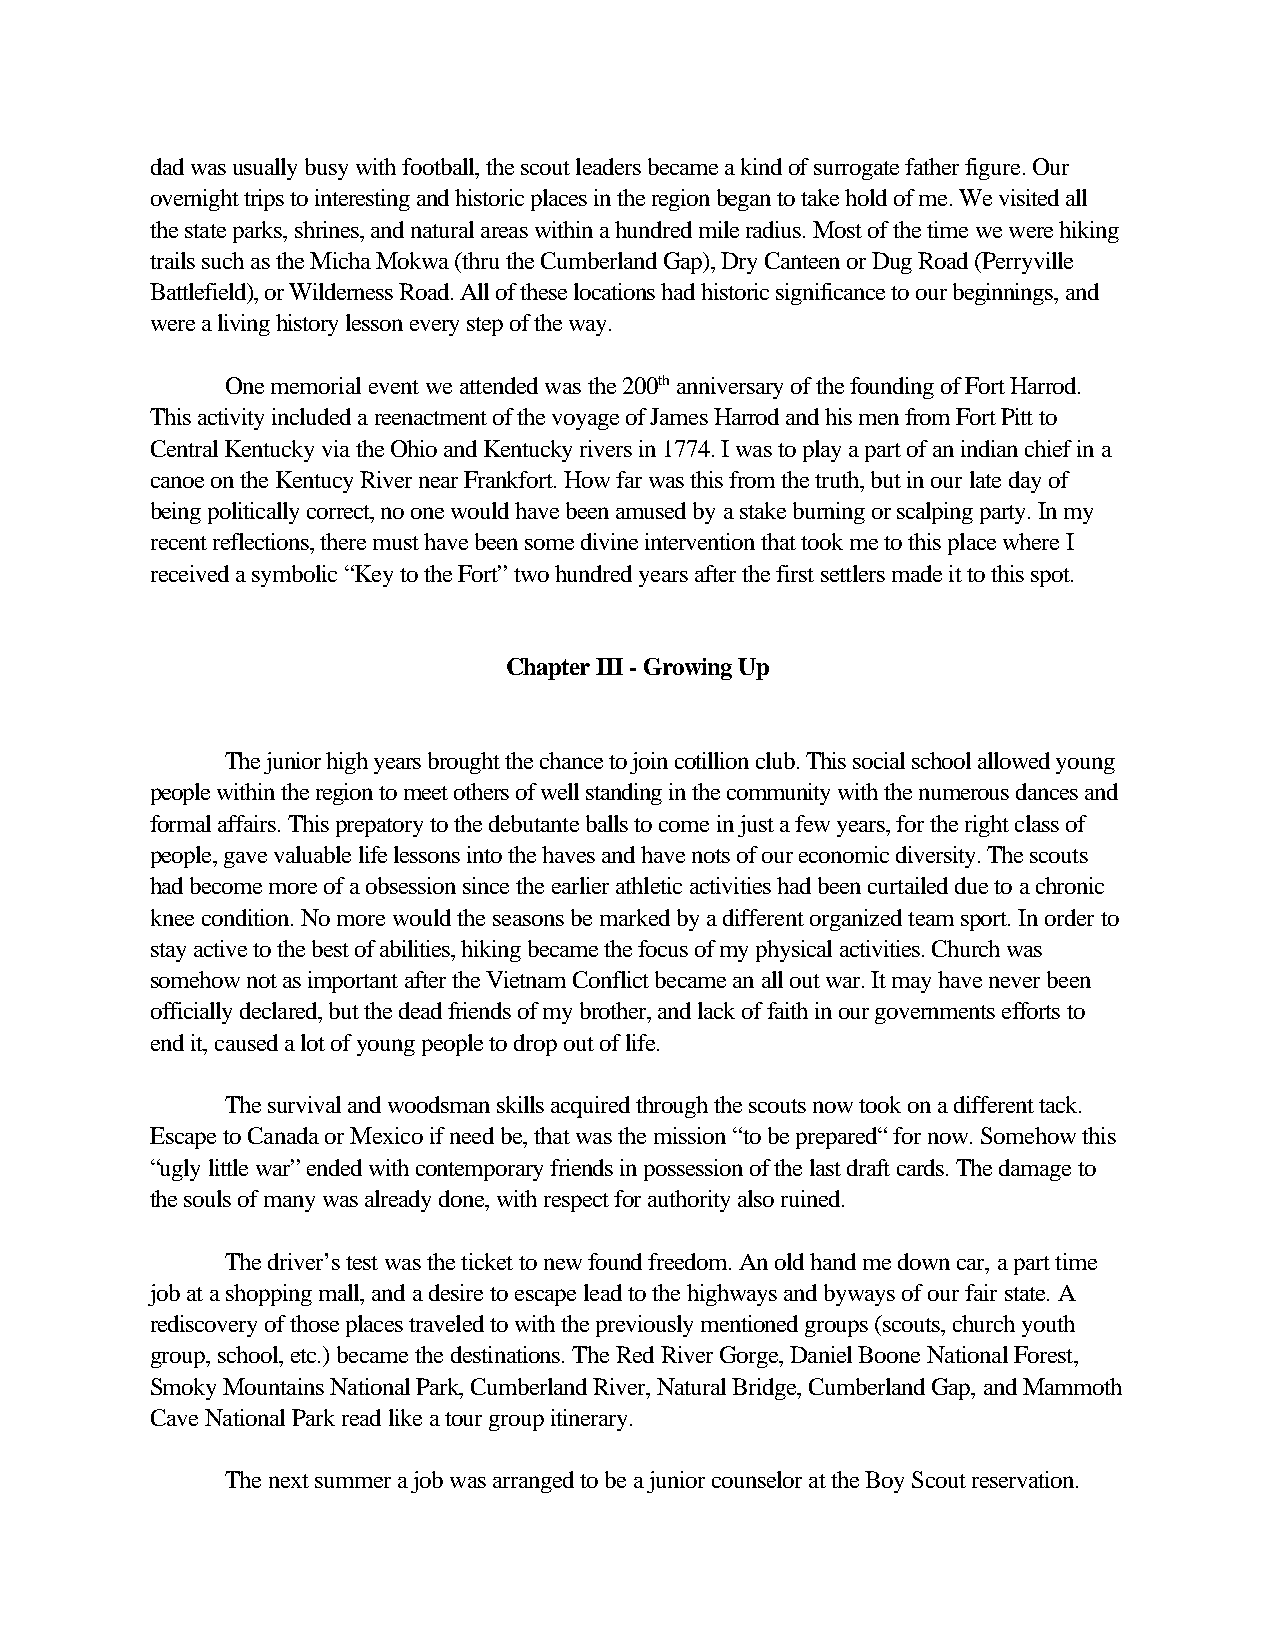
dad was usually busy with football, the scout leaders became a kind of surrogate father figure. Our
 overnight trips to interesting and historic places in the region began to take hold of me. We visited all
 the state parks, shrines, and natural areas within a hundred mile radius. Most of the time we were hiking
 trails such as the Micha Mokwa (thru the Cumberland Gap), Dry Canteen or Dug Road (Perryville
 Battlefield), or Wilderness Road. All of these locations had historic significance to our beginnings, and
 were a living history lesson every step of the way.
 One memorial event we attended was the 200th anniversary of the founding of Fort Harrod.
 This activity included a reenactment of the voyage of James Harrod and his men from Fort Pitt to
 Central Kentucky via the Ohio and Kentucky rivers in 1774. I was to play a part of an indian chief in a
 canoe on the Kentucy River near Frankfort. How far was this from the truth, but in our late day of
 being politically correct, no one would have been amused by a stake burning or scalping party. In my
 recent reflections, there must have been some divine intervention that took me to this place where I
 received a symbolic “Key to the Fort” two hundred years after the first settlers made it to this spot.
 Chapter III - Growing Up
 The junior high years brought the chance to join cotillion club. This social school allowed young
 people within the region to meet others of well standing in the community with the numerous dances and
 formal affairs. This prepatory to the debutante balls to come in just a few years, for the right class of
 people, gave valuable life lessons into the haves and have nots of our economic diversity. The scouts
 had become more of a obsession since the earlier athletic activities had been curtailed due to a chronic
 knee condition. No more would the seasons be marked by a different organized team sport. In order to
 stay active to the best of abilities, hiking became the focus of my physical activities. Church was
 somehow not as important after the Vietnam Conflict became an all out war. It may have never been
 officially declared, but the dead friends of my brother, and lack of faith in our governments efforts to
 end it, caused a lot of young people to drop out of life.
 The survival and woodsman skills acquired through the scouts now took on a different tack.
 Escape to Canada or Mexico if need be, that was the mission “to be prepared“ for now. Somehow this
 “ugly little war” ended with contemporary friends in possession of the last draft cards. The damage to
 the souls of many was already done, with respect for authority also ruined.
 The driver’s test was the ticket to new found freedom. An old hand me down car, a part time
 job at a shopping mall, and a desire to escape lead to the highways and byways of our fair state. A
 rediscovery of those places traveled to with the previously mentioned groups (scouts, church youth
 group, school, etc.) became the destinations. The Red River Gorge, Daniel Boone National Forest,
 Smoky Mountains National Park, Cumberland River, Natural Bridge, Cumberland Gap, and Mammoth
 Cave National Park read like a tour group itinerary.
 The next summer a job was arranged to be a junior counselor at the Boy Scout reservation.